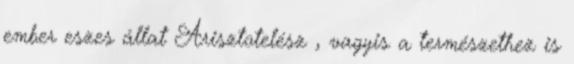
ember eszes állat Arisztotelész , vagyis a természethez is